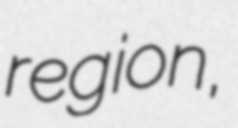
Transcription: region,